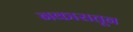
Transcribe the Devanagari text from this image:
नकारातून